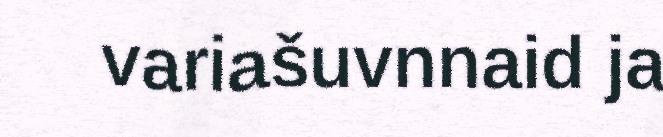
variašuvnnaid ja